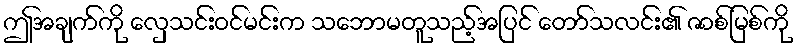
ဤအချက်ကို လှေသင်းဝင်မင်းက သဘောမတူသည့်အပြင် တော်သလင်း၏ ဇာစ်မြစ်ကို